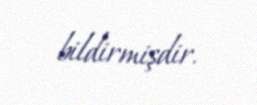
bildirmişdir.